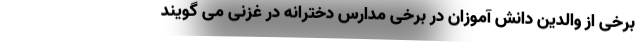
برخی از والدین دانش آموزان در برخی مدارس دخترانه در غزنی می گویند